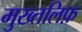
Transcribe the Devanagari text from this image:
मुख्तलिफ़